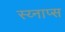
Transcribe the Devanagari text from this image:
स्य्नाप्स